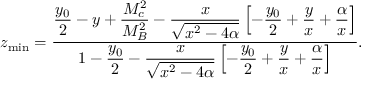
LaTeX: z _ { \mathrm { m i n } } = \frac { \displaystyle \frac { y _ { 0 } } { 2 } - y + \frac { M _ { c } ^ { 2 } } { M _ { B } ^ { 2 } } - \frac { x } { \sqrt { x ^ { 2 } - 4 \alpha } } \left[ - \frac { y _ { 0 } } { 2 } + \frac { y } { x } + \frac { \alpha } { x } \right] } { \displaystyle 1 - \frac { y _ { 0 } } { 2 } - \frac { x } { \sqrt { x ^ { 2 } - 4 \alpha } } \left[ - \frac { y _ { 0 } } { 2 } + \frac { y } { x } + \frac { \alpha } { x } \right] } .